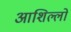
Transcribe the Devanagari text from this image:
आशिल्लो